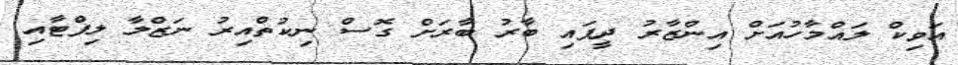
އަވިކް ލައްމާހުއަށް އިންޒާރު ދީފައި ބާރު ބާރަށް ގޮސް ނިކުތްއިރު ނަޒްލާ ލިފްޓާއި